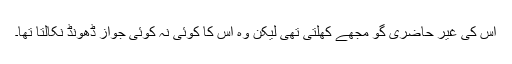
اس کی غیر حاضری گو مجھے کھلتی تھی لیکن وہ اُس کا کوئی نہ کوئی جواز ڈھونڈ نکالتا تھا۔